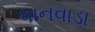
ધાનવાડા